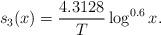
LaTeX: \begin{align*} s_3(x)=\frac{4.3128}{T}\log^{0.6}x. \end{align*}